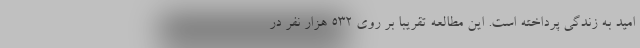
امید به زندگی پرداخته است. این مطالعه تقریبا بر روی 532 هزار نفر در